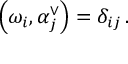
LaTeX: \left( \omega _ { i } , \alpha _ { j } ^ { \vee } \right) = \delta _ { i j } \, .